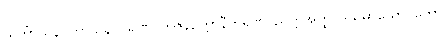
သင်္ကာသနပကာသနဝိဝရဏဝိဘဇနဥတ္တာနီကရဏပညတ္တိအတ္ထပဒသမာယောဂတော